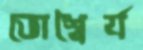
ভোশ্বৈর্য